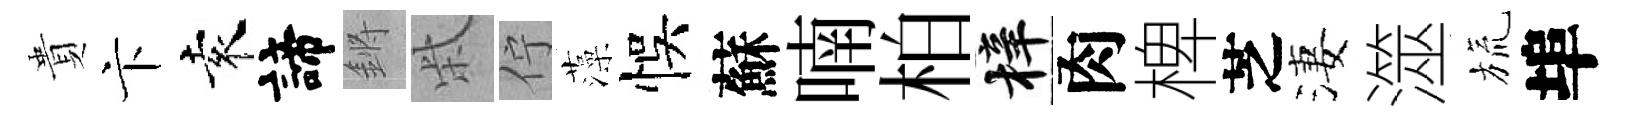
貴卞袁諦鏘柴佇藻悞蘇喃柏梓肉椑芝淒澨旒埠